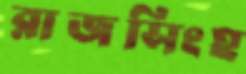
রাজসিংহ